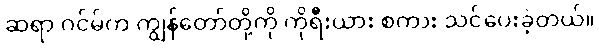
ဆရာ ဂင်မ်က ကျွန်တော်တို့ကို ကိုရီးယား စကား သင်ပေးခဲ့တယ်။